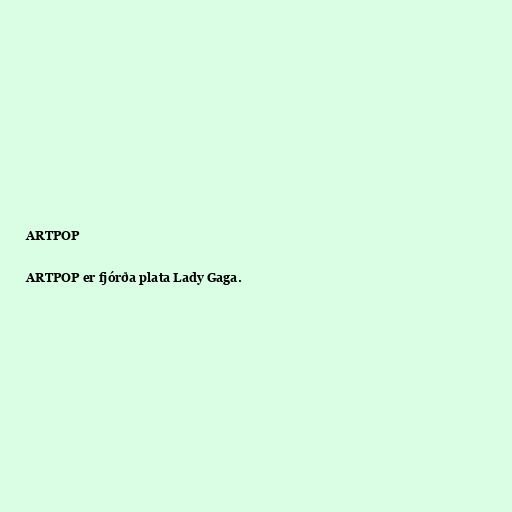
ARTPOP

ARTPOP er fjórða plata Lady Gaga.